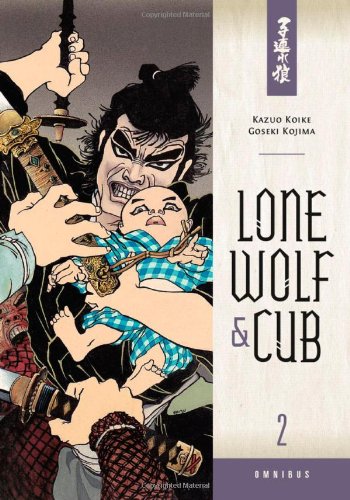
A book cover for Lone Wolf and Cub Omnibus Volume 2; Kazuo Koike; Comics & Graphic Novels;